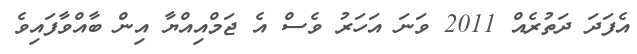
އެފަދަ ދަތުރެއް 2011 ވަނަ އަހަރު ވެސް އެ ޖަމްއިއްޔާ އިން ބާއްވާފައިވެ